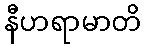
နီဟရာမာတိ